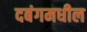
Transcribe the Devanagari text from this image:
दबंगमधील